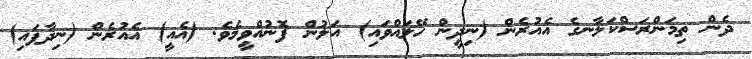
ދެން ތިމަންރަސްކަލާނގެ އެއުރެން (ނިދީން ހޭލައްވައި) އަލުން ފޮނުއްވީމެވެ. (އެއީ) އެއުރެން (ނިދާފައި)